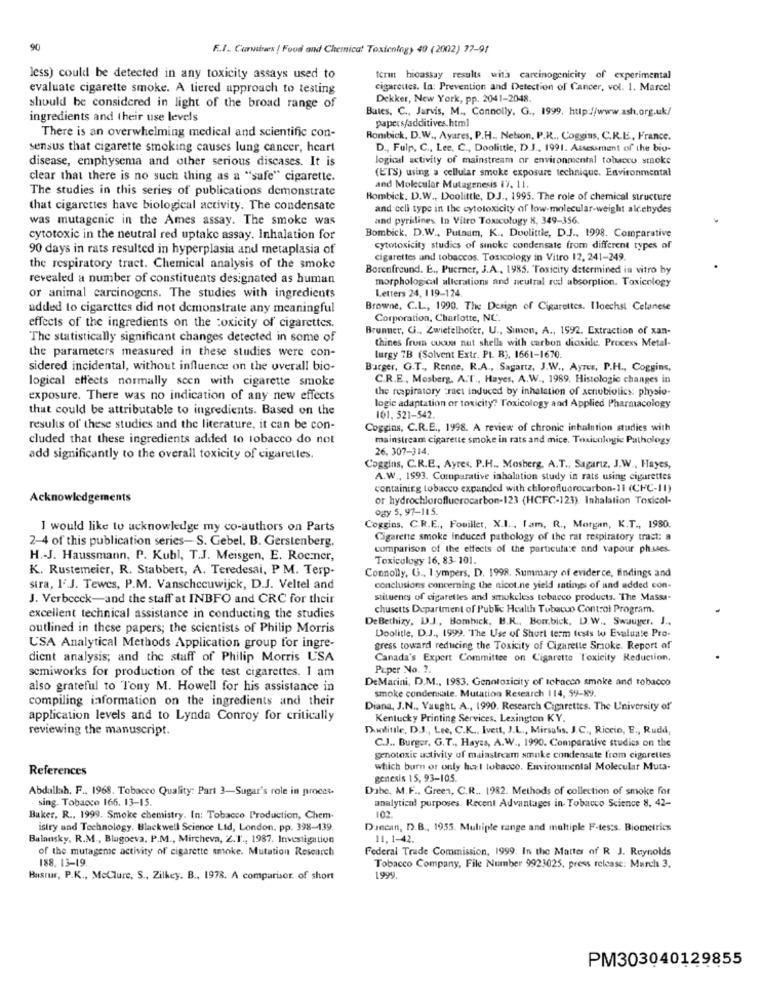
90
F.I. Cursives ! Food and Chemica! Toxicology 49 (2002) 77-91
less) could be detected in any toxicity assays used to
terin bioassay results with carcinogenicity of experimental
evaluate cigarette smoke. A tiered approach to testing
cigarettes. In: Prevention and Detection of Cancer, vol. 1. Marcel
Dekker, New York, pp. 2041-2048.
should be considered in light of the broad range of
Bates, C ., Jarvis, M ., Connolly, G ., 1999. http://www.ash.org.uk/
ingredients and their use levels
papers/additives.html
There is an overwhelming medical and scientific con-
Rombick, D.W ., Ayares, P.H ., Nelson, P.R ., Coggins, C.R.E ., France.
sensus that cigarette smoking causes lung cancer, heart
D ., Fulp. C ., Lee, C ., Doolittle, D.J ., 1991. Assessment of the bio-
disease, emphysema and other serious discases. It is
logical activity of mainstream or environmental tobacco smoke
(ETS) using a cellular smoke exposure technique. Environmental
clear that there is no such thing as a "safe" cigarette.
The studies in this series of publications demonstrate
and Molecular Mutagenesis 17. 11.
Rombick. D.W ., Doolittle, DJ ., 1995. The role of chemical structure
that cigarettes have biological activity. The condensate
and cell type in the cytotoxicity of low-molecular-weight aldehydes
was mutagenic in the Ames assay. The smoke was
and pyridines. In Vitro Toxicology 8, 349-356.
cytotoxic in the neutral red uptake assay. Inhalation for
Bombick. D.W ., Putnam, K ., Doolittle, D.J ., 1998. Comparative
90 days in rats resulted in hyperplasia and metaplasia of
cytotoxicity studies of smoke condensate from different types of
cigarettes and tobaccos. Toxicology in Vitro 12, 241-249.
the respiratory tract. Chemical analysis of the smoke
Borenfreund. E ., Puerner, J.A ., 1985. Toxicity determined in vitro hy
revealed a number of constituents designated as human
morphological alterations and neutral red absorption. Toxicology
Letters 24, 119-124
or animal carcinogens. The studies with ingredients
added to cigarettes did not demonstrate any meaningful
Browne, C.L ., 1990. The Design of Cigarettes. Iloechst Celanese
Corporation, Charlotte, NC.
effects of the ingredients on the toxicity of cigarettes.
Brunner, G ., Zwiefelhoter, U ., Sinon, A ., 1992. Extraction of xan-
The statistically significant changes detected in some of
thines from cucua nut shells with carbon dioxide. Process Metal-
the parameters measured in these studies were con-
lurgy 7B (Solvent Extr. PL. B), 1661-1670.
sidered incidental, without influence on the overall bio-
Burger, G.T ., Renne, R.A ., Sagartz, J.W ., Ayres, P.H ., Coggins,
logical effects normally scen with cigarette smoke
C.R.E ., Mosberg, A.T ., Hayes, A.W ., 1989. Histologic changes in
the respiratory tract induced by inhalation of senubiotics: physio-
exposure. There was no indication of any new effects
that could be attributable to ingredients. Based on the
logic adaptation or toxicity? Toxicology and Applied Pharmacology
101, 521-542
results of these studies and the literature, it can be con-
Coggins, C.R.E ., 1998. A review of chronic inhalation studies with
cluded that these ingredients added to tobacco do not
mainstream cigarette smoke in rats and mice. Toxicologie Pathology
26. 307-314.
add significantly to the overall toxicity of cigarettes.
Coggins, C.R.E, Ayres. P.H ., Mosberg, A.T ., Sagarız, J.W ., Hayes,
A.W ., 1993. Comparative inhalation study in rats using cigarettes
containing tobacco expanded with chlorofluorocarbon-11 (CFC-11)
Acknowledgements
or hydrochlorofluorocarbon-123 (HCFC-123). Inhalation Toxicol-
ogy 5, 97-115.
I would like to acknowledge my co-authors on Parts
Coggins. C.R.E ., Fouiller, X.I ., lam, R ., Morgan, K.T ., 1980.
2-4 of this publication series-S. Gebel, B. Gerstenberg.
Cigarette smoke induced pathology of the rat respiratory tract: a
comparison of the effects of the particulate and vapour ph.uses.
H .- J. Haussmann, P. Kubl, T.J. Meisgen, E. Roemner,
Toxicology 16, 83- 101.
K. Rustemeier, R. Stabbert, A. Teredesai, P M. Terp-
Connolly, G ., I ympers, D. 1998. Summary of eviderce, findings and
stra, l'J. Tewes, P.M. Vanschecuwijck, D.J. Veltel and
conclusions concerning the nicot.ne yield ratings of and added con-
J. Verbeeck-and the staff at INBFO and CRC for their
stituenes of cigarettes and smokeless tobacco products. The Massa-
chusetts Department of Public Health Tobacco Control Program.
excellent technical assistance in conducting the studies
DeBethizy, DJ ., Bombeck, B.R ., Bom.bick, D.W .. Swauger. J .,
outlined in these papers; the scientists of Philip Morris
Doolitle, D.J ., 1999. "The Use of Short term tests to Evaluate Pro-
USA Analytical Methods Application group for ingre-
gress toward reducing the Toxicity of Cigarette Smoke. Report of
dient analysis; and the staff of Philip Morris USA
Canada's Expert Committee on Cigarette Toxicity Reduction,
semiworks for production of the test cigarettes. I am
Peper No. ?.
DeMarini, D.M ., 1983. Genotoxicity of tobacco smoke and tobacco
also grateful to Tony M. Howell for his assistance in
smoke condensate. Mutation Research 114, 59-89.
compiling information on the ingredients and their
Diana, J.N ., Vaught, A ., 1990. Research Cigarettes. The University of
application levels and to Lynda Conroy for critically
Kentucky Printing Services, Lexington KY.
reviewing the manuscript.
Twolittle, D.J ., Lee, C.K ., Ivett, J.L ., Mirsalis. J.C ., Riccio, E ., Rudd,
C.J .. Burger, G.T ., Hayes, A.W ., 1990. Comparative studies on the
genotoxic activity of mainstream smoke condensate from cigarettes
References
which burn or only hul tobacco. Environmental Molecular Muta-
genesis 15, 93-105.
Abdallah, F ., 1968. Tobacco Quality: Part 3-Sugar's role in procet.
Dabe. M.F .. Green, C.R ., 1982. Methods of collection of smoke for
sing. Tobacco 166. 13-15.
analytical purposes. Recent Advantages in- Tobacco Science 8, 42-
102
Baker, R ., 1999. Smoke chemistry. In: Tobacco Production, Chem-
istry and Technology. Blackwell Science Lid, London. pp. 398-139
Diecan, D.B ., 1955. Multiple range and multiple F-tes:s. Biometrics
Balansky. R.M ., Blagoeva. P.M ., Mircheva, Z.I ., 1987. Investigation
11, 1-42.
of the mutagene activity of cigarette smoke. Mutation Research
Federal Trade Commission, 1999. In the Matter of R J. Reynolds
188. 13-19.
Tobacco Company, File Number 9923025, press release: March 3,
Busrur, P.K ., MeClure, S ., Zilkey. B ., 1978. A comparison of short
1999.
PM303040129855